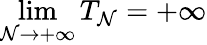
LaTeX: \operatorname*{lim}_{\mathcal{N}\to+\infty}T_{\mathcal{N}}=+\infty